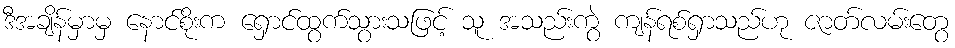
ဒီအချိန်မှာမှ နောင်စိုးက ရှောင်ထွက်သွားသဖြင့် သူ အသည်းကွဲ ကျန်ရစ်ရှာသည်ဟု ဇာတ်လမ်းတွေ